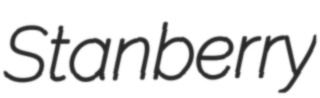
Stanberry